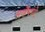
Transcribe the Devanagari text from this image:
सर्व्हेमध्ये